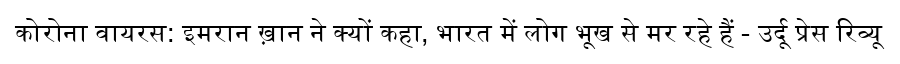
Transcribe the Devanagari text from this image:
कोरोना वायरस: इमरान ख़ान ने क्यों कहा, भारत में लोग भूख से मर रहे हैं - उर्दू प्रेस रिव्यू